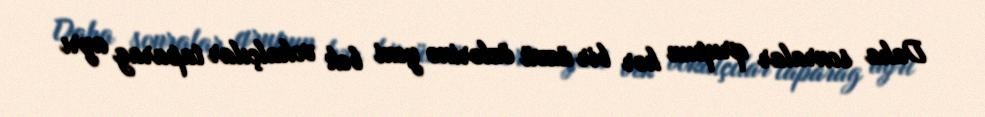
Daha sonralar qrupun hər bir üzvü özlərinə yeni bek vokalçılar taparag ayrı